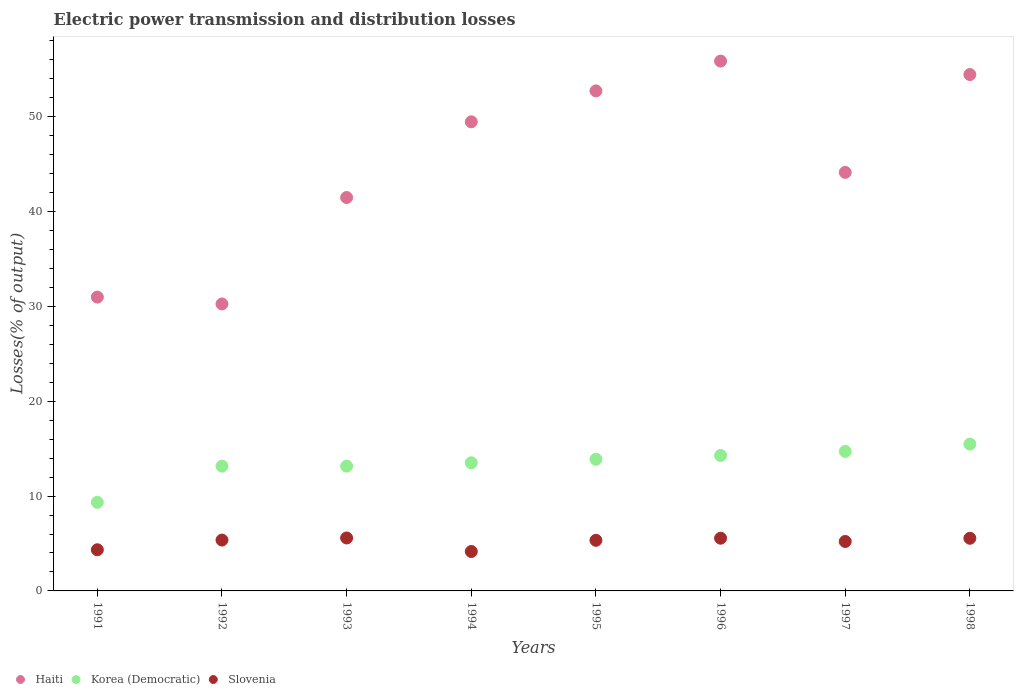
| Years | Haiti | Korea (Democratic) | Slovenia |
 | --- | --- | --- | --- |
 | 1991 | 31 | 9.35 | 4.34 |
 | 1992 | 30.3 | 13.2 | 5.36 |
 | 1993 | 41.5 | 13.2 | 5.58 |
 | 1994 | 49.5 | 13.5 | 4.16 |
 | 1995 | 52.7 | 13.9 | 5.34 |
 | 1996 | 55.9 | 14.3 | 5.56 |
 | 1997 | 44.1 | 14.7 | 5.21 |
 | 1998 | 54.4 | 15.5 | 5.55 |